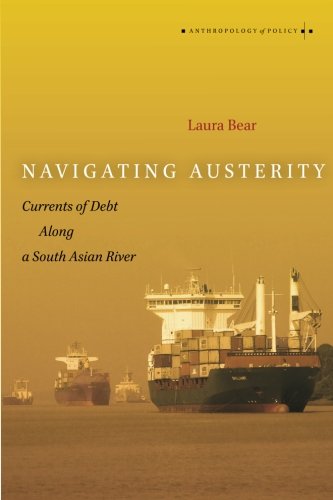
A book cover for Navigating Austerity: Currents of Debt along a South Asian River (Anthropology of Policy); Laura Bear; Business & Money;